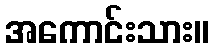
အကောင်းသား။